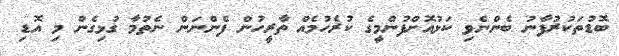
ބޮޑުތަކުރުފާނު ބެންނެވި ކަޅުއޮށްފުންމީގެ ކުރެހުމެއް ތާރީހުން ފެންނަން ނެތުމާ ގުޅިގެން މި އޮޑި